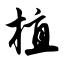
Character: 植